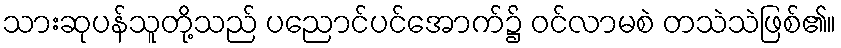
သားဆုပန်သူတို့သည် ပညောင်ပင်အောက်၌ ဝင်လာမစဲ တသဲသဲဖြစ်၏။